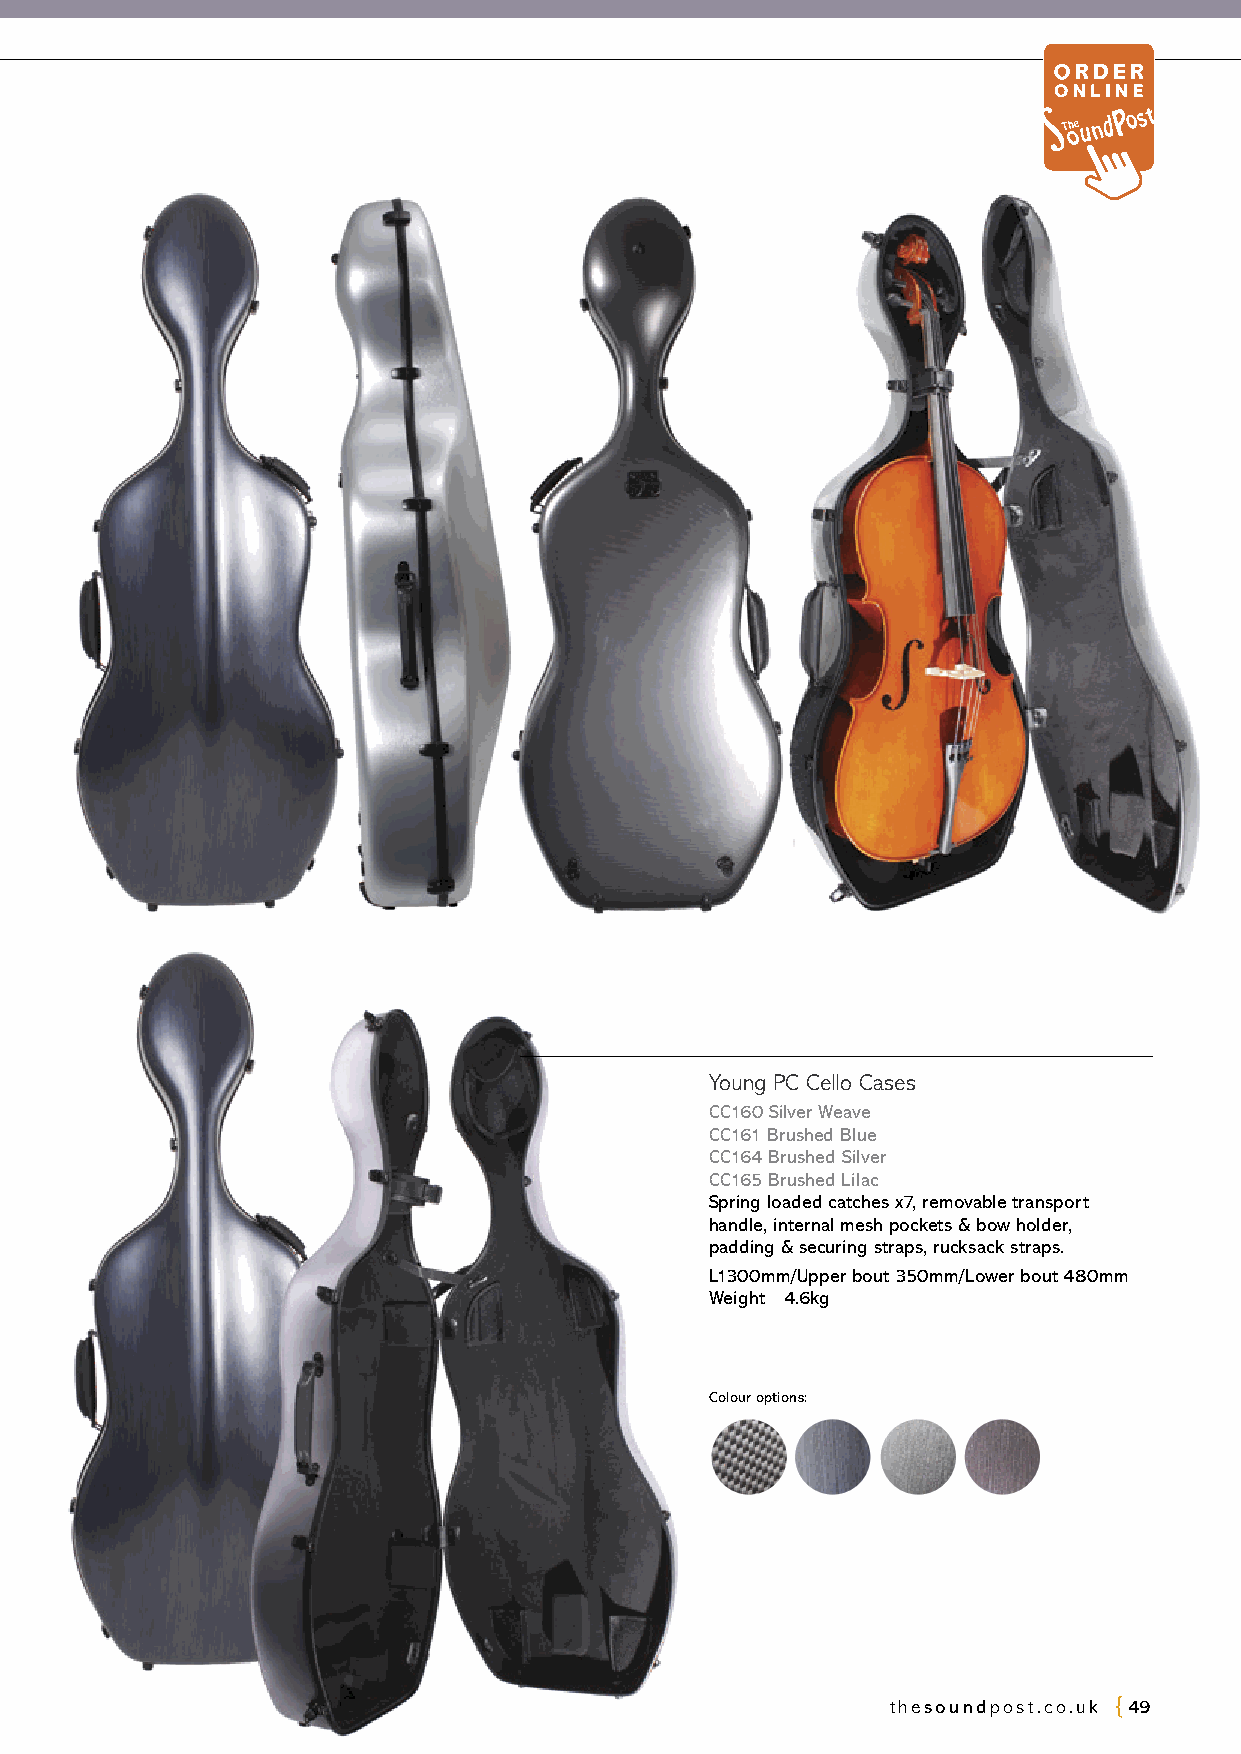
Young PC Cello Cases
 CC160 Silver Weave
 CC161 Brushed Blue
 CC164 Brushed Silver
 CC165 Brushed Lilac
 Spring loaded catches x7, removable transport
 handle, internal mesh pockets & bow holder,
 padding & securing straps, rucksack straps.
 L1300mm/Upper bout 350mm/Lower bout 480mm
 Weight 4.6kg
 Colour options:
 thesoundpost.co.uk 49